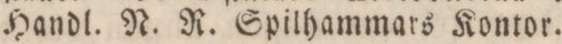
Handl. N. R. Spilhammars Kontor.